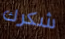
شكرك